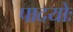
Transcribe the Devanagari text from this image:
पादयोः